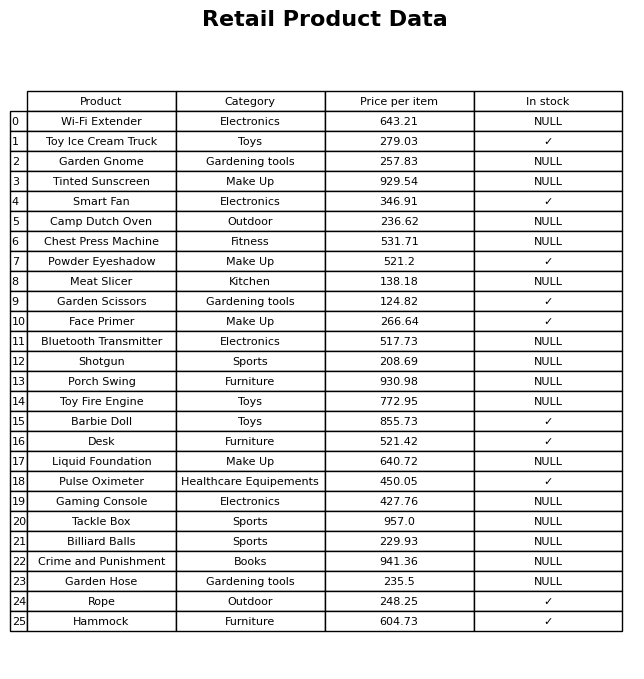
question: What is the price for Rope?
answer: The price of Rope is 248.25.